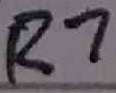
Text: R7